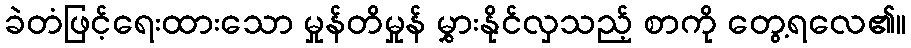
ခဲတံဖြင့်ရေးထားသော မှုန်တိမှုန် မွှားနိုင်လှသည့် စာကို တွေ့ရလေ၏။